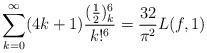
LaTeX: \begin{gather*}\sum_{k=0}^\infty(4k+1)\frac{(\frac12)_k^6}{k!^6}=\frac{32}{\pi^2} L(f,1)\end{gather*}